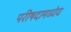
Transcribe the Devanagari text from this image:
परीषदामध्येय